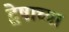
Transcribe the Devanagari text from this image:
द्वेषाच्या